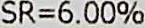
SR=6.00%